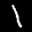
Label: 1